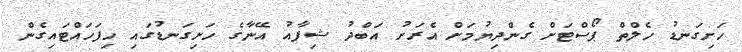
ހަށިގަނޑު ހެލްތް ޕޯސްޓަށް ގެންދިޔުމަށް އެރަށު އަބްދު ޝިފާއު އޭނާގެ ހަށިގަނޑުގައި ހިފަހައްޓައިގެން